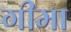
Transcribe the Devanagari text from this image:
गीमा